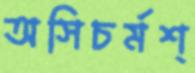
অসিচর্মশ্